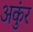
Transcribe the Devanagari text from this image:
अकुंर